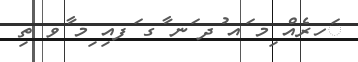
ަހރެއް ިމ ައ ުދ ަނ ާގ ަފއި ިމ ާވ ތި